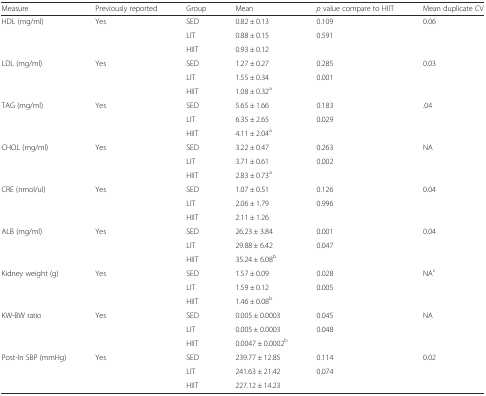
<table><thead><tr><td><b>Measure</b></td><td><b>Previously reported</b></td><td><b>Group</b></td><td><b>Mean</b></td><td><b><i>p</i> value compare to HIIT</b></td><td><b>Mean duplicate CV</b></td></tr></thead><tbody><tr><td rowspan="3">HDL (mg/ml)</td><td rowspan="3">Yes</td><td>SED</td><td>0.82 ± 0.13</td><td>0.109</td><td rowspan="3">0.06</td></tr><tr><td>LIT</td><td>0.88 ± 0.15</td><td>0.591</td></tr><tr><td>HIIT</td><td>0.93 ± 0.12</td><td></td></tr><tr><td rowspan="3">LDL (mg/ml)</td><td rowspan="3">Yes</td><td>SED</td><td>1.27 ± 0.27</td><td>0.285</td><td rowspan="3">0.03</td></tr><tr><td>LIT</td><td>1.55 ± 0.34</td><td>0.001</td></tr><tr><td>HIIT</td><td>1.08 ± 0.32<sup>a</sup></td><td></td></tr><tr><td rowspan="3">TAG (mg/ml)</td><td rowspan="3">Yes</td><td>SED</td><td>5.65 ± 1.66</td><td>0.183</td><td rowspan="3">.04</td></tr><tr><td>LIT</td><td>6.35 ± 2.65</td><td>0.029</td></tr><tr><td>HIIT</td><td>4.11 ± 2.04<sup>a</sup></td><td></td></tr><tr><td rowspan="3">CHOL (mg/ml)</td><td rowspan="3">Yes</td><td>SED</td><td>3.22 ± 0.47</td><td>0.263</td><td rowspan="3">NA</td></tr><tr><td>LIT</td><td>3.71 ± 0.61</td><td>0.002</td></tr><tr><td>HIIT</td><td>2.83 ± 0.73<sup>a</sup></td><td></td></tr><tr><td rowspan="3">CRE (nmol/ul)</td><td rowspan="3">Yes</td><td>SED</td><td>1.07 ± 0.51</td><td>0.126</td><td rowspan="3">0.04</td></tr><tr><td>LIT</td><td>2.06 ± 1.79</td><td>0.996</td></tr><tr><td>HIIT</td><td>2.11 ± 1.26</td><td></td></tr><tr><td rowspan="3">ALB (mg/ml)</td><td rowspan="3">Yes</td><td>SED</td><td>26.23 ± 3.84</td><td>0.001</td><td rowspan="3">0.04</td></tr><tr><td>LIT</td><td>29.88 ± 6.42</td><td>0.047</td></tr><tr><td>HIIT</td><td>35.24 ± 6.08<sup>b</sup></td><td></td></tr><tr><td rowspan="3">Kidney weight (g)</td><td rowspan="3">Yes</td><td>SED</td><td>1.57 ± 0.09</td><td>0.028</td><td rowspan="3">NA<sup>c</sup></td></tr><tr><td>LIT</td><td>1.59 ± 0.12</td><td>0.005</td></tr><tr><td>HIIT</td><td>1.46 ± 0.08<sup>b</sup></td><td></td></tr><tr><td rowspan="3">KW-BW ratio</td><td rowspan="3">Yes</td><td>SED</td><td>0.005 ± 0.0003</td><td>0.045</td><td rowspan="3">NA</td></tr><tr><td>LIT</td><td>0.005 ± 0.0003</td><td>0.048</td></tr><tr><td>HIIT</td><td>0.0047 ± 0.0002<sup>b</sup></td><td></td></tr><tr><td rowspan="3">Post-In SBP (mmHg)</td><td>Yes</td><td>SED</td><td>239.77 ± 12.85</td><td>0.114</td><td rowspan="3">0.02</td></tr><tr><td></td><td>LIT</td><td>241.63 ± 21.42</td><td>0.074</td></tr><tr><td></td><td>HIIT</td><td>227.12 ± 14.23</td><td></td></tr></tbody></table>